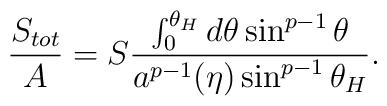
{S_{tot}\over A}=S{{\int^{\theta_H}_0d\theta\sin^{p-1}\theta}\over{a^{p-1}(\eta)\sin^{p-1}\theta_H}}.